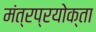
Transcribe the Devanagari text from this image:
मंत्रप्रयोक्ता